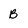
Character: B